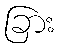
ခြား